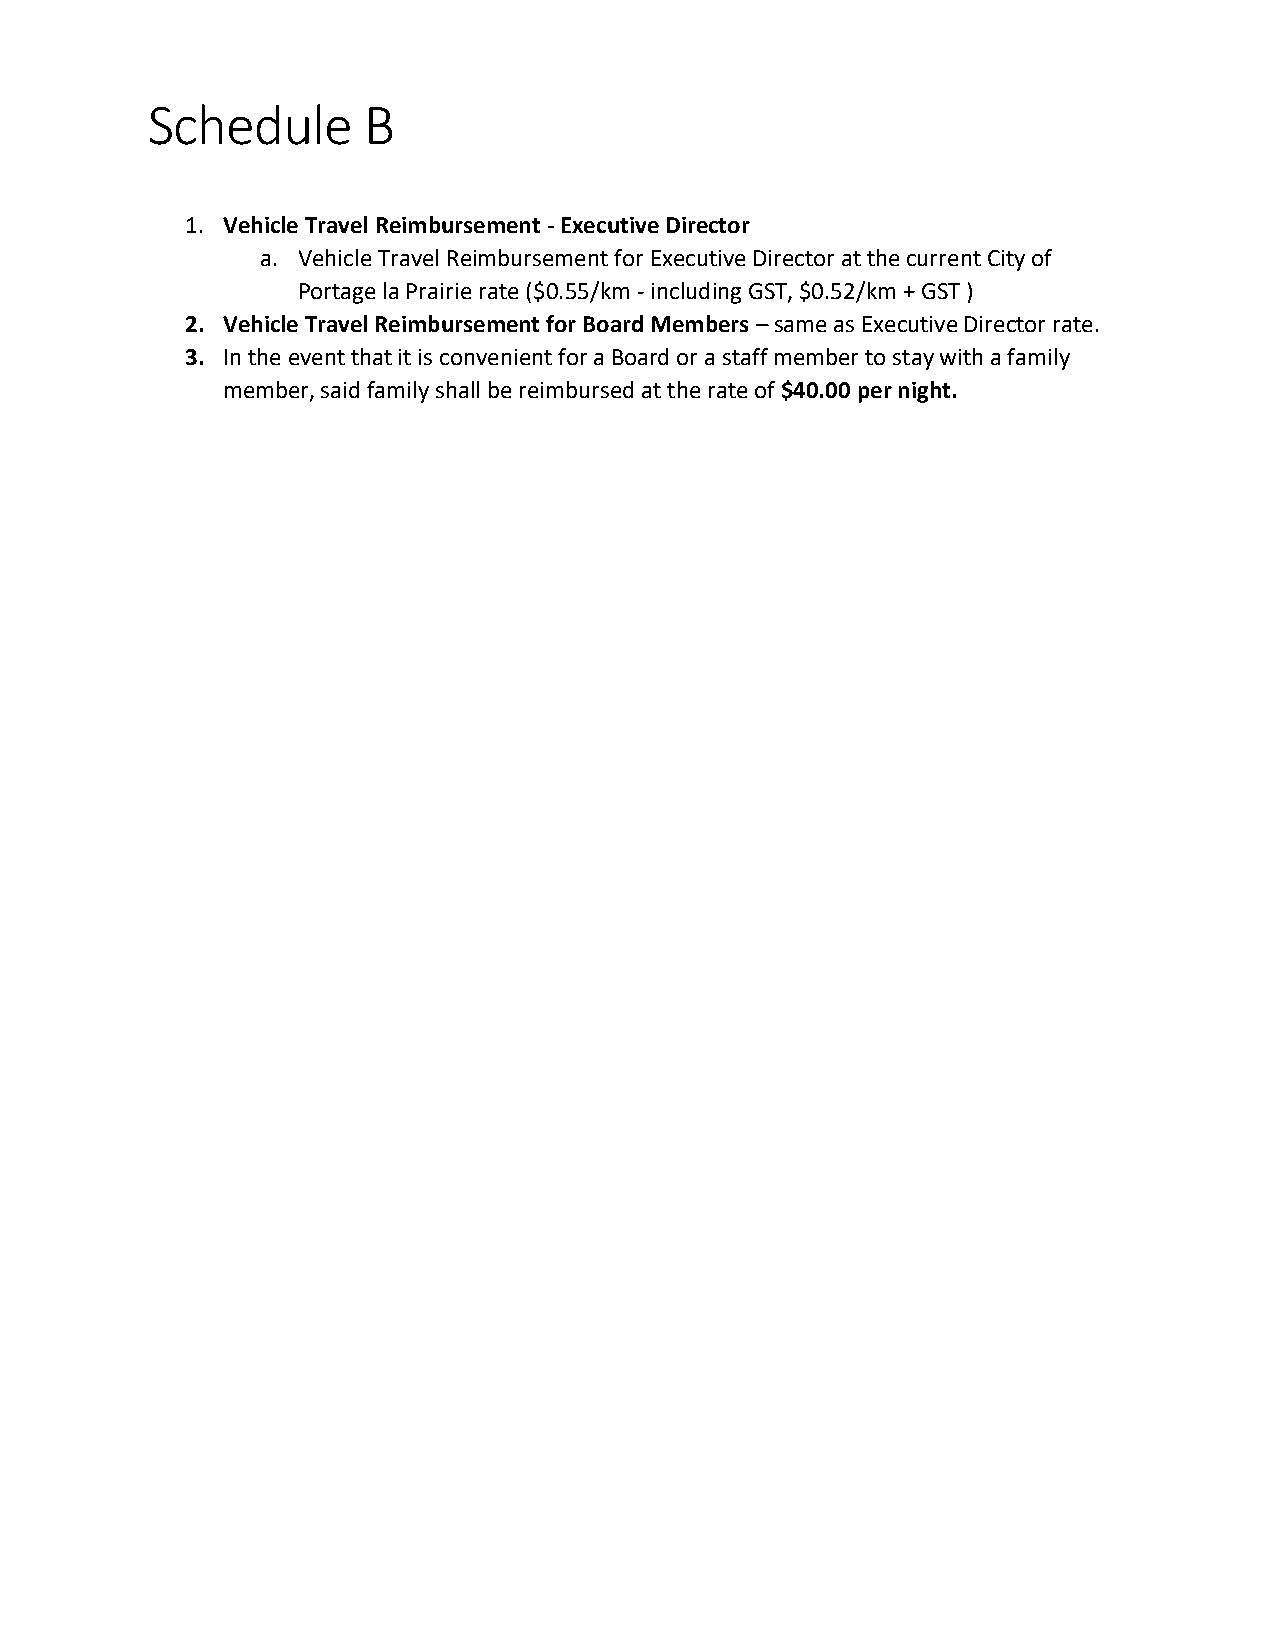
Schedule      B
 1. Vehicle Travel Reimbursement - Executive Director
 a. Vehicle Travel Reimbursement for Executive Director at the current City of
 Portage la Prairie rate ($0.55/km - including GST, $0.52/km + GST )
 2. Vehicle Travel Reimbursement for Board Members – same as Executive Director rate.
 3. In the event that it is convenient for a Board or a staff member to stay with a family
 member, said family shall be reimbursed at the rate of $40.00 per night.